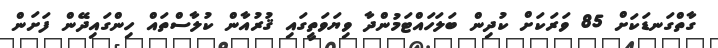
ގާތްގަނޑަކަށް 85 ވަރަކަށް ކުދިން ބަލަހައްޓަމުންދާ ވިޔަވަތީގައި ޤުރުއާން ކުލާސްތައް ހިންގައިދޭން ފަށަން